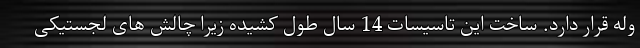
وله قرار دارد. ساخت این تاسیسات 14 سال طول کشیده زیرا چالش های لجستیکی